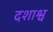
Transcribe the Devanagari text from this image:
दशाश्व